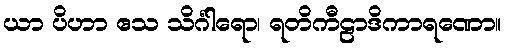
ယာ ပိဟာ ဧသ သိင်္ဂါရော၊ ရတိကီဠာဒိကာရဏော။